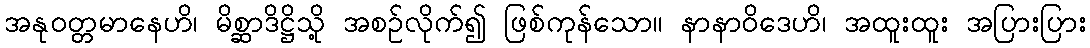
အနုဝတ္တမာနေဟိ၊ မိစ္ဆာဒိဋ္ဌိသို့ အစဉ်လိုက်၍ ဖြစ်ကုန်သော။ နာနာဝိဒေဟိ၊ အထူးထူး အပြားပြား